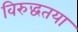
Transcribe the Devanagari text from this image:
विरुद्धतया